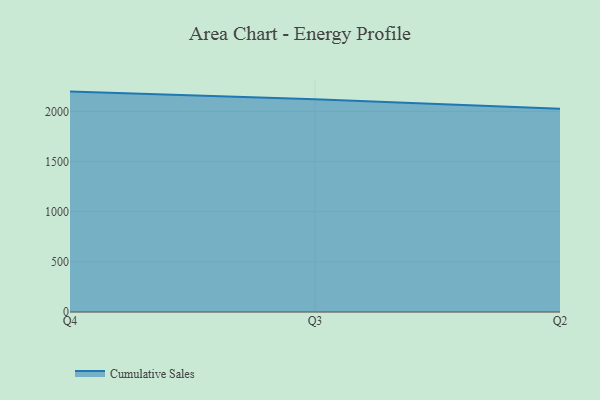
{"axis": {"x": "Quarter", "y": "Production Output"}, "legend": ["Cumulative Sales"], "data": [{"x": "Q4", "y": 2198.2, "type": "Cumulative Sales"}, {"x": "Q3", "y": 2121.4, "type": "Cumulative Sales"}, {"x": "Q2", "y": 2026.8, "type": "Cumulative Sales"}]}